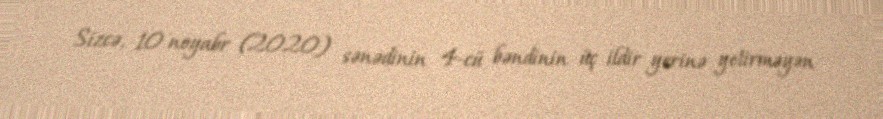
Sizcə, 10 noyabr (2020) sənədinin 4-cü bəndinin üç ildir yerinə yetirməyən